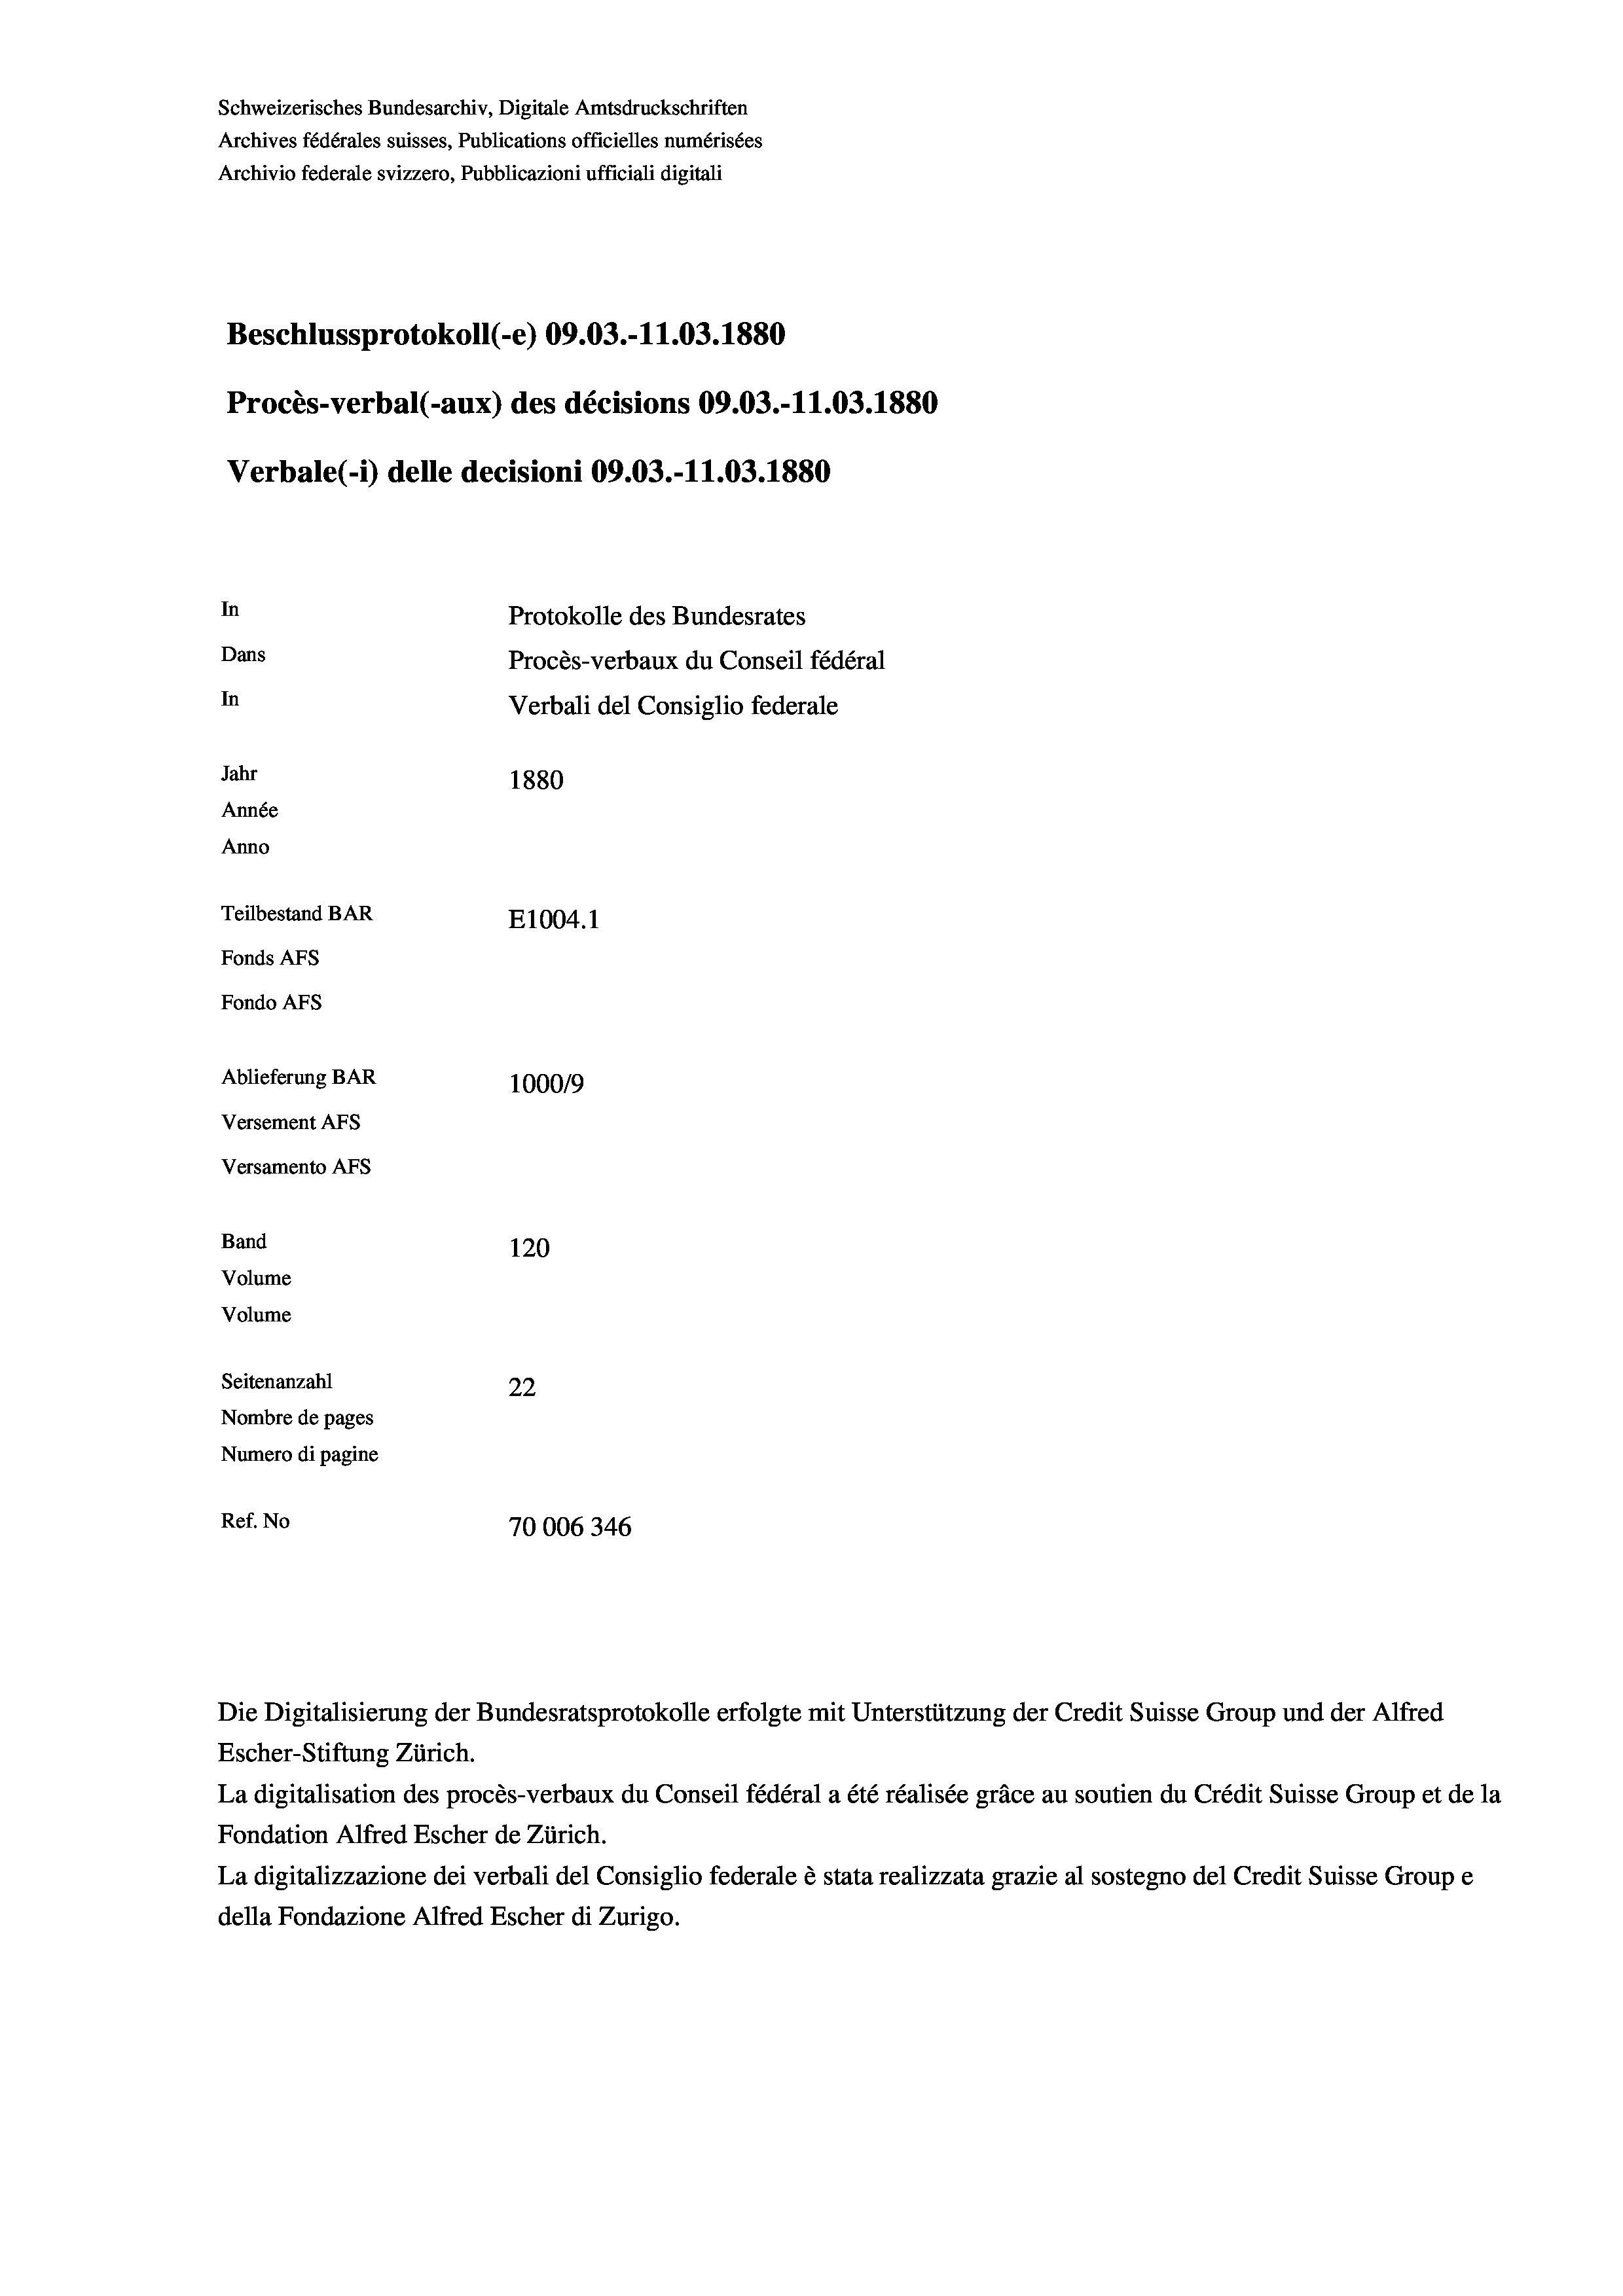
Schweizerisches Bundesarchiv, Digitale Amtsdruckschriften
Archives fédérales suisses, Publications officielles numérisées
Archivio federale svizzero, Pubblicazioni ufficiali digitali
Beschlussprotokoll (-e) 09.03.-11.03. 1880
Procès-verbal (-aux) des décisions 09.03.-11.03.1880
Verbale(-*) delle decisioni 09.03.-11.03. 1880
In
Protokolle des Bundesrates
Dans
Procès-verbaux du Conseil fédéral
In
Verbali del Consiglio federale
Jahr
1880
Année
Anno
Teilbestand BAR
E1004. 1
Fonds AFs
Fondo Afs
Ablieferung BAR
100019
Versement AFs
Versamento AFs
Band
120
Volume
Volume

Seitenanzahl
22
Nombre de pages
Numero di pagine
Ref. No
70006346

Escher-Stiftung Zürich.
La digitalisation des procès-verbaux du Conseil fédéral a été réalisée gräce au soutien du Crédit Suisse Group et de la
Fondation Alfred Escher de Zürich.
La digitalizzazione dei verbali del Consiglio federale è stata realizzata grazie al sostegno del Credit Suisse Groupe
della Fondazione Alfred Escher di Zurigo.

Die Digitalisierung der Bundesratsprotokolle erfolgte mit Unterstützung der Credit Suisse Group und der Alfred